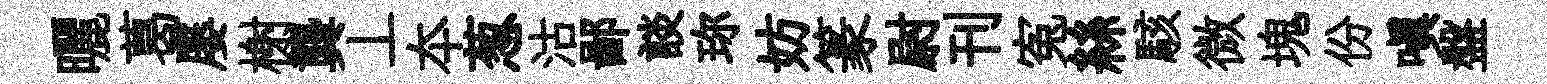
曬葛屡榭龔丄夲葱沽鄙談珎妨篆尉刊寃絲駭微塊份嗔盤